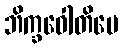
ဘိက္ခဝေါတိပေ